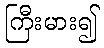
ကြီးမား၍